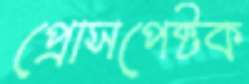
প্রোসপেক্টক